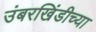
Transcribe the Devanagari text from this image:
उंबरखिंडीच्या